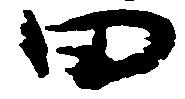
田